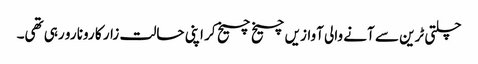
چلتی ٹرین سے آنے والی آوازیں چیخ چیخ کر اپنی حالت زار کا رونا رو رہی تھی۔